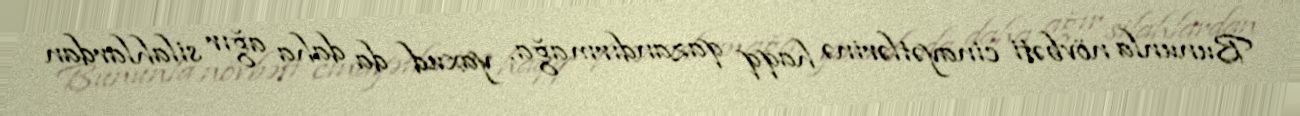
Bununla növbəti cinayətlərinə haqq qazandırmağa, yaxud da daha ağır silahlardan